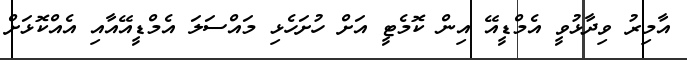
އާމިރު ވިދާޅުވީ އެމްޑީއޭ އިން ކޮމެޓީ އަށް ހުށަހެޅި މައްސަލަ އެމްޑީއޭއާއި އެއްކޮޅަށް